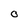
Character: o